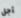
أجل